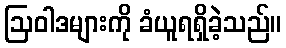
ဩဝါဒများကို ခံယူရရှိခဲ့သည်။